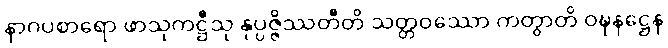
နာဂပစာရော ဖာသုကဋ္ဌီသု နုပ္ပဇ္ဇိဿတီတိ သတ္တဝဿော ကတွာတိ ဝဍ္ဎနဋ္ဌေန